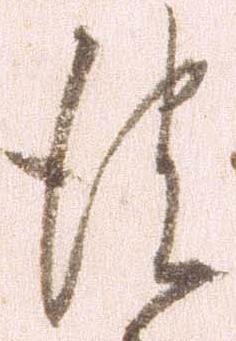
彼